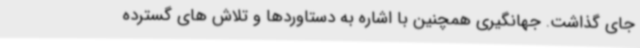
جای گذاشت. جهانگیری همچنین با اشاره به دستاوردها و تلاش های گسترده